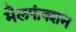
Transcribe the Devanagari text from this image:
मैलफंक्शन